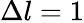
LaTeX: \Delta l=1